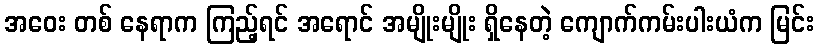
အဝေး တစ် နေရာက ကြည့်ရင် အရောင် အမျိုးမျိုး ရှိနေတဲ့ ကျောက်ကမ်းပါးယံက မြင်း